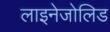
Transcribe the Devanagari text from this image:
लाइनेजोलिड